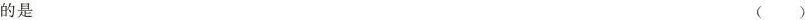
的是 ()